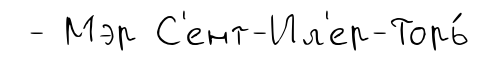
- Мэр С'ент-Ил'ер-Торь́